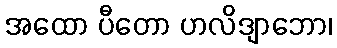
အထော ပီတော ဟလိဒျာဘော၊